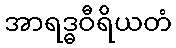
အာရဒ္ဓဝီရိယတံ